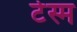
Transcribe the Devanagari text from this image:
टेस्म